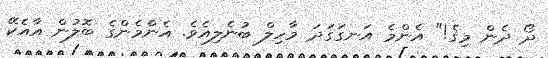
ދޯ ދެން މިގެ!" އެންމެެ އަނގަގަދަ މާހިލް ބުނެލިއެވެ. އެންެމެންގެ ބޮލުން އާއެކޭ